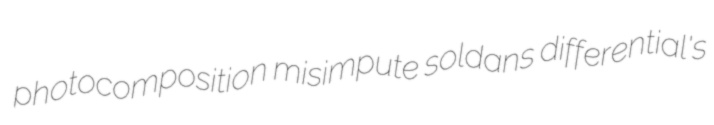
photocomposition misimpute soldans differential's